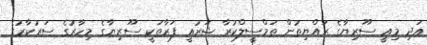
އަދި މިއީ ސޫރިޔާގެ ރައްޔިތުން ތަމްސީލްކުރާ ޝަރުޢީ ފަރާތަކީ ސޫރިޔާގެ މިހާރުގެ ސަރުކާރުގެ